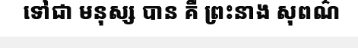
ទៅជា មនុស្ស បាន គឺ ព្រះនាង សុពណ៌